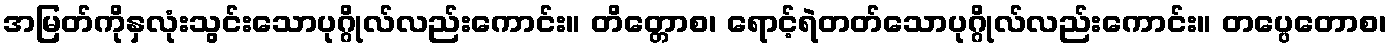
အမြတ်ကိုနှလုံးသွင်းသောပုဂ္ဂိုလ်လည်းကောင်း။ တိတ္တောစ၊ ရောင့်ရဲတတ်သောပုဂ္ဂိုလ်လည်းကောင်း။ တပ္ပေတောစ၊